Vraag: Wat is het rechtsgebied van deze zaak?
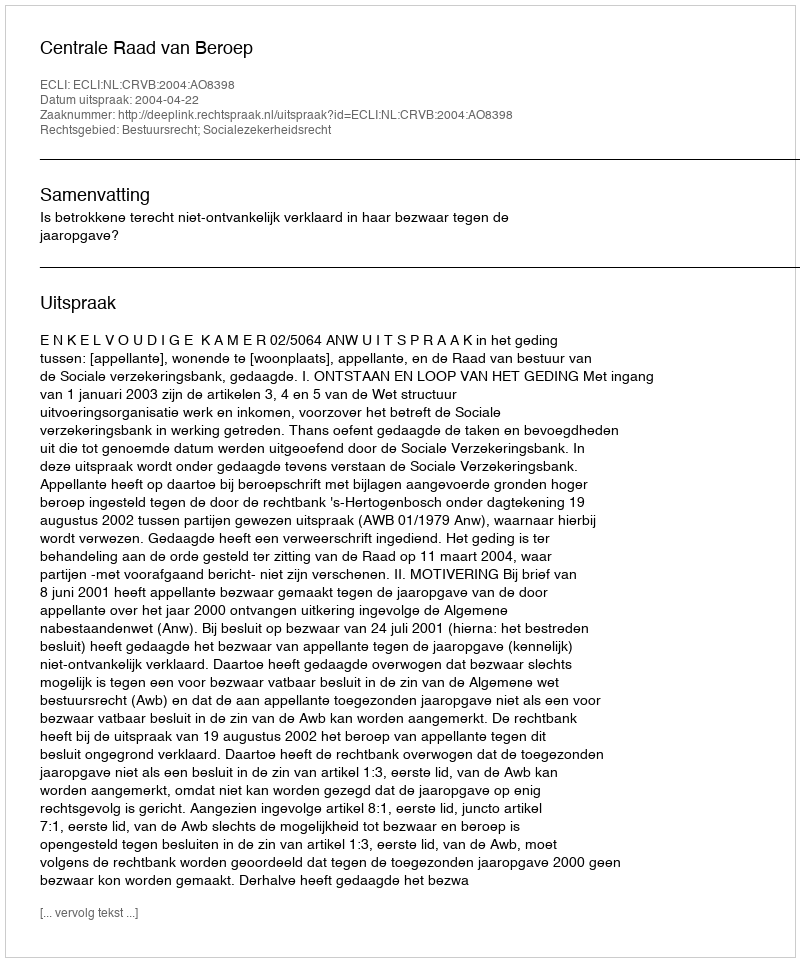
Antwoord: Bestuursrecht; Socialezekerheidsrecht